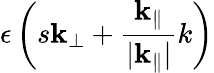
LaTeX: \epsilon\left(s\textbf{k}_{\perp}+\frac{\textbf{k}_{\parallel}}{|\textbf{k}_{\parallel}|}k\right)